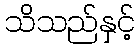
သိသည်နှင့်